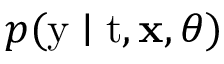
p ( \mathrm { y } \mid \mathrm { t } , \mathbf { x } , \theta )